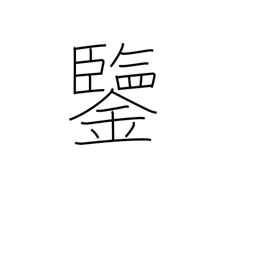
Meaning: example